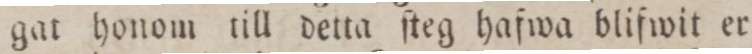
gat honom till detta ſteg hafwa blifwit er